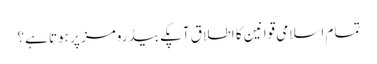
تمام اسلامی قوانین کا اطلاق آپکے بیڈ رومز پر ہوتا ہے؟